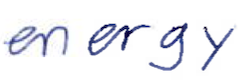
Text: energy
Cross-out: clean
Writing tool: ballpoint